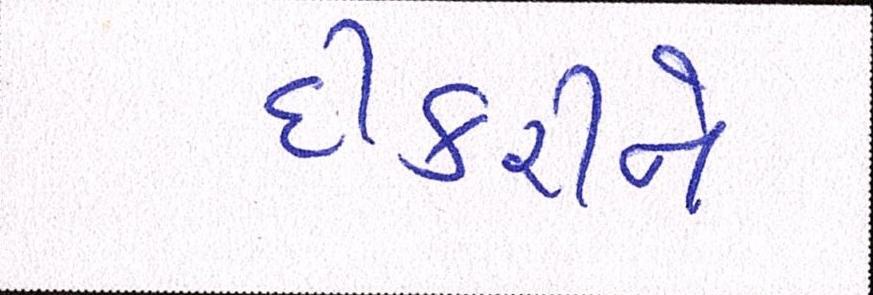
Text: દીકરીને